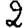
Digit: 2